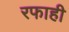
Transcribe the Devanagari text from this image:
रफाही